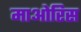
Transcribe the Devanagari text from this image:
माओरिस